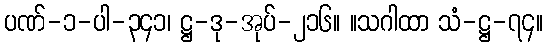
ပဏ်-၁-ပါ-၃၄၁၊ ဋ္ဌ-ဒု-အုပ်-၂၁၆။ ။သဂါထာ သံ-ဋ္ဌ-၇၄။